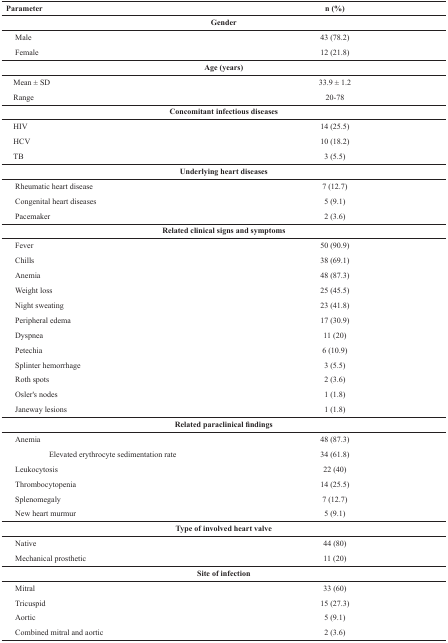
| Parameter | n (%) |
 | --- | --- |
 | Gender |  |
 | Male | 43 (78.2) |
 | Female | 12 (21.8) |
 | Age (years) |  |
 | Mean ± SD | 33.9 ± 1.2 |
 | Range | 20-78 |
 | Concomitant infectious diseases |  |
 | HIV | 14 (25.5) |
 | HCV | 10 (18.2) |
 | TB | 3 (5.5) |
 | Underlying heart diseases |  |
 | Rheumatic heart disease | 7 (12.7) |
 | Congenital heart diseases | 5 (9.1) |
 | Pacemaker | 2 (3.6) |
 | Related clinical signs and symptoms |  |
 | Fever | 50 (90.9) |
 | Chills | 38 (69.1) |
 | Anemia | 48 (87.3) |
 | Weight loss | 25 (45.5) |
 | Night sweating | 23 (41.8) |
 | Peripheral edema | 17 (30.9) |
 | Dyspnea | 11 (20) |
 | Petechia | 6 (10.9) |
 | Splinter hemorrhage | 3 (5.5) |
 | Roth spots | 2 (3.6) |
 | Osler's nodes | 1 (1.8) |
 | Janeway lesions | 1 (1.8) |
 | Related paraclinical findings |  |
 | Anemia | 48 (87.3) |
 | Elevated erythrocyte sedimentation rate | 34 (61.8) |
 | Leukocytosis | 22 (40) |
 | Thrombocytopenia | 14 (25.5) |
 | Splenomegaly | 7 (12.7) |
 | New heart murmur | 5 (9.1) |
 | Type of involved heart valve |  |
 | Native | 44 (80) |
 | Mechanical prosthetic | 11 (20) |
 | Site of infection |  |
 | Mitral | 33 (60) |
 | Tricuspid | 15 (27.3) |
 | Aortic | 5 (9.1) |